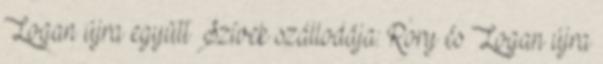
Logan újra együtt Szívek szállodája: Rory és Logan újra